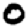
Digit: 0